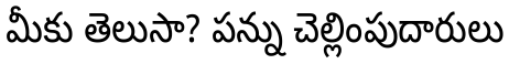
మీకు తెలుసా? పన్ను చెల్లింపుదారులు